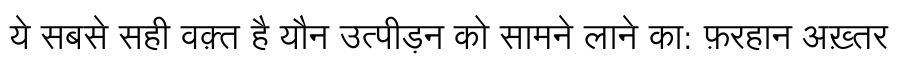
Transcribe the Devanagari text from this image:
ये सबसे सही वक़्त है यौन उत्पीड़न को सामने लाने का: फ़रहान अख़्तर